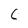
Character: 6